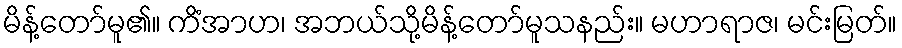
မိန့်တော်မူ၏။ ကိံအာဟ၊ အဘယ်သို့မိန့်တော်မူသနည်း။ မဟာရာဇ၊ မင်းမြတ်။